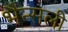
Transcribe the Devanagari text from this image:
भैन्सली